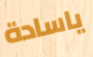
ياسادة